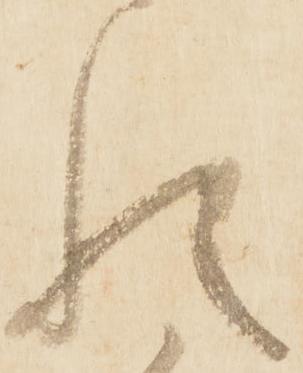
れ